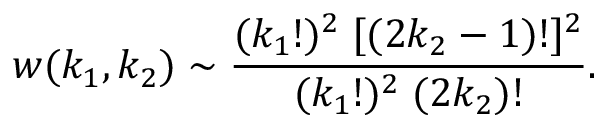
w ( k _ { 1 } , k _ { 2 } ) \sim \frac { ( k _ { 1 } ! ) ^ { 2 } \; [ ( 2 k _ { 2 } - 1 ) ! ] ^ { 2 } } { ( k _ { 1 } ! ) ^ { 2 } \; ( 2 k _ { 2 } ) ! } .